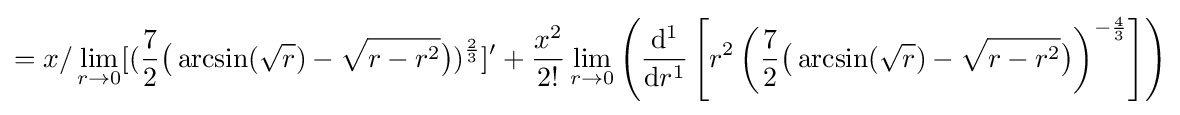
=x/\lim _{r\to 0}[({\frac {7}{2}}{\bigl (}\arcsin({\sqrt {r}})-{\sqrt {r-r^{2}}}{\bigr )})^{\frac {2}{3}}]'+{\frac {x^{2}}{2!}}\lim _{r\to 0}\left({\frac {\mathrm {d} ^{1}}{\mathrm {d} r^{1}}}\left[r^{2}\left({\frac {7}{2}}{\bigl (}\arcsin({\sqrt {r}})-{\sqrt {r-r^{2}}}{\bigr )}\right)^{-{\frac {4}{3}}}\right]\right)